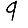
Digit: 9